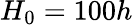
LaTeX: H_{0}=100h